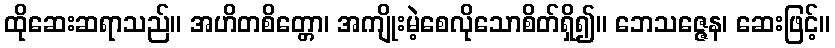
ထိုဆေးဆရာသည်။ အဟိတစိတ္တော၊ အကျိုးမဲ့စေလိုသောစိတ်ရှိ၍။ ဘေသဇ္ဇေန၊ ဆေးဖြင့်။